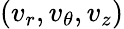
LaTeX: (v_{r},v_{\theta},v_{z})